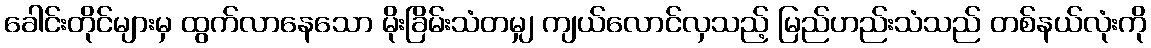
ခေါင်းတိုင်များမှ ထွက်လာနေသော မိုးခြိမ်းသံတမျှ ကျယ်လောင်လှသည့် မြည်ဟည်းသံသည် တစ်နယ်လုံးကို